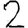
Digit: 2